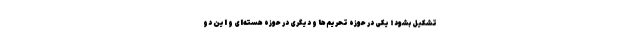
تشکیل بشود؛ یکی در حوزه تحریم‌ها و دیگری در حوزه هسته‌ای و این دو